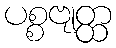
ပစ္စဗျတ္ထ